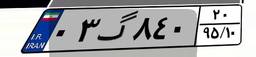
۰۳گ۸۴۰۲۰